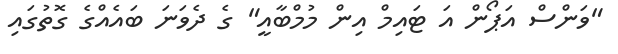
"ވަންސް އަޕޯން އަ ޓައިމް އިން މުމްބާއީ" ގެ ދެވަނަ ބައެއްގެ ގޮތުގައި